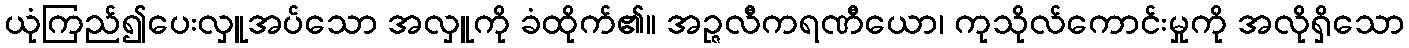
ယုံကြည်၍ပေးလှူအပ်သော အလှူကို ခံထိုက်၏။ အဉ္ဇလီကရဏီယော၊ ကုသိုလ်ကောင်းမှုကို အလိုရှိသော